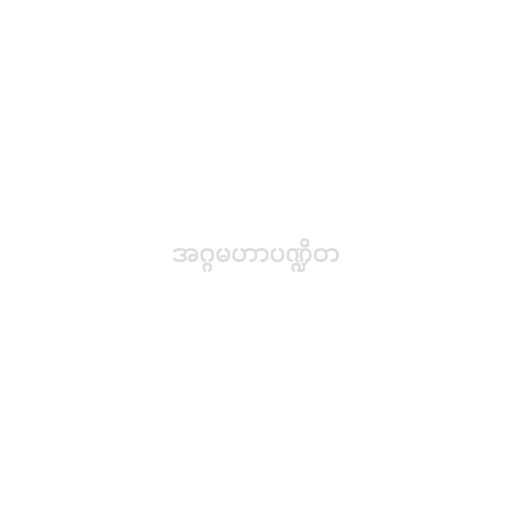
အဂ္ဂမဟာပဏ္ဍိတ